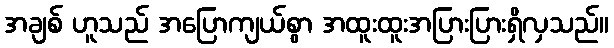
အချစ် ဟူသည် အပြောကျယ်စွာ အထူးထူးအပြားပြားရှိလှသည်။